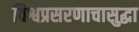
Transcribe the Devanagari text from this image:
विश्वप्रसरणाचासुद्धा